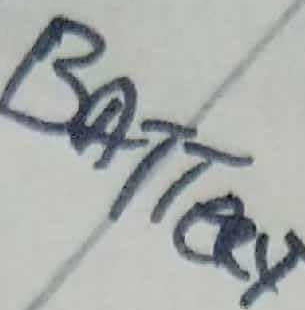
Text: Battery